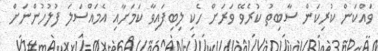
ވައްކަން ކުރިކަން ސާބިތު ކުރެވޭ ވަރަށް ހެކި ލިބިފައިވާ ކަމަށާއި އެމައްސަލަ ފުލުހުންނަށް